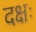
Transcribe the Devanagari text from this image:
दक्षः